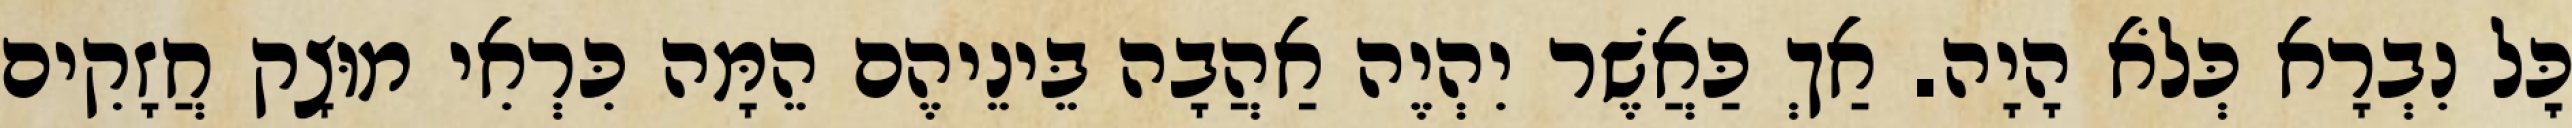
כׇּל נִבְרָא כְּלֹא הָיָה. אַךְ כַּאֲשֶׁר יִהְיֶה אַהֲבָה בֵּינֵיהֶם הֵמָּה כִּרְאִי מוּצָק חֲזָקִים